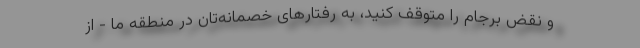
و نقض برجام را متوقف کنید، به رفتارهای خصمانه‌تان در منطقه ما - از